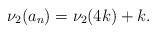
LaTeX: \begin{align*}\nu_{2}(a_{n}) = \nu_{2}(4k) + k.\end{align*}